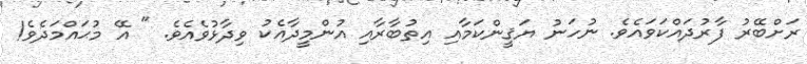
ރަށްބޭރު ފާރުދައްކަވައެވެ. ނުހަނު ޔަޤީންކަމާއި އިތުބާރާއި އުންމީދާއެކު ވިދާޅުވެއެވެ. " އޭ މުޙައްމަދެވެ!